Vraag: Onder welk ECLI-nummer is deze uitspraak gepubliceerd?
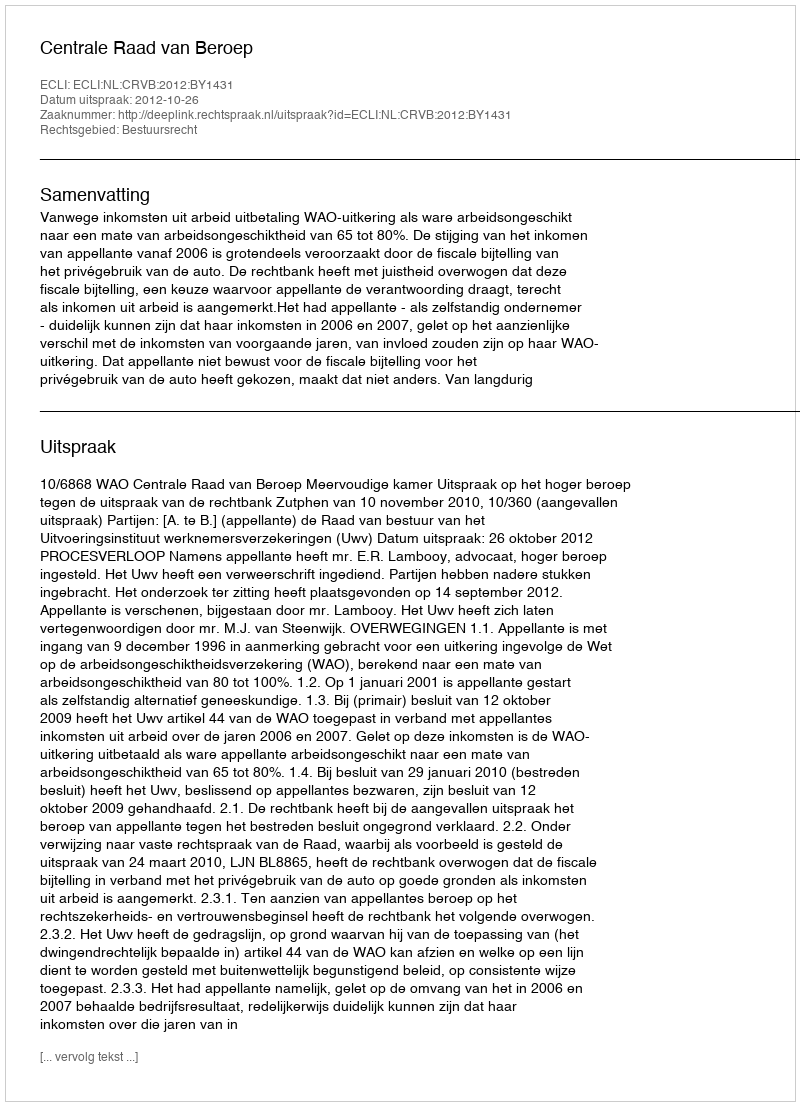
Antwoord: ECLI:NL:CRVB:2012:BY1431